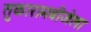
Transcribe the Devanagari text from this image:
तुकारामबीजेला